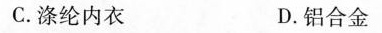
C.涤纶内衣 D.铝合金